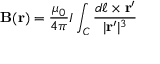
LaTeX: \mathbf { B } ( \mathbf { r } ) = { \frac { \mu _ { 0 } } { 4 \pi } } I \int _ { C } { \frac { d { \boldsymbol { \ell } } \times \mathbf { r ^ { \prime } } } { | \mathbf { r ^ { \prime } } | ^ { 3 } } }